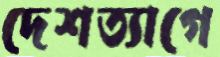
দেশত্যাগে